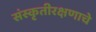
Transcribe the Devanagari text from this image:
संस्कृतीरक्षणाचे